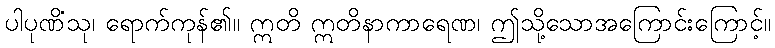
ပါပုဏိံသု၊ ရောက်ကုန်၏။ ဣတိ ဣတိနာကာရေဏ၊ ဤသို့သောအကြောင်းကြောင့်။